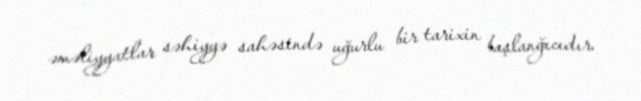
əməliyyatlar səhiyyə sahəsində uğurlu bir tarixin başlanğıcıdır.